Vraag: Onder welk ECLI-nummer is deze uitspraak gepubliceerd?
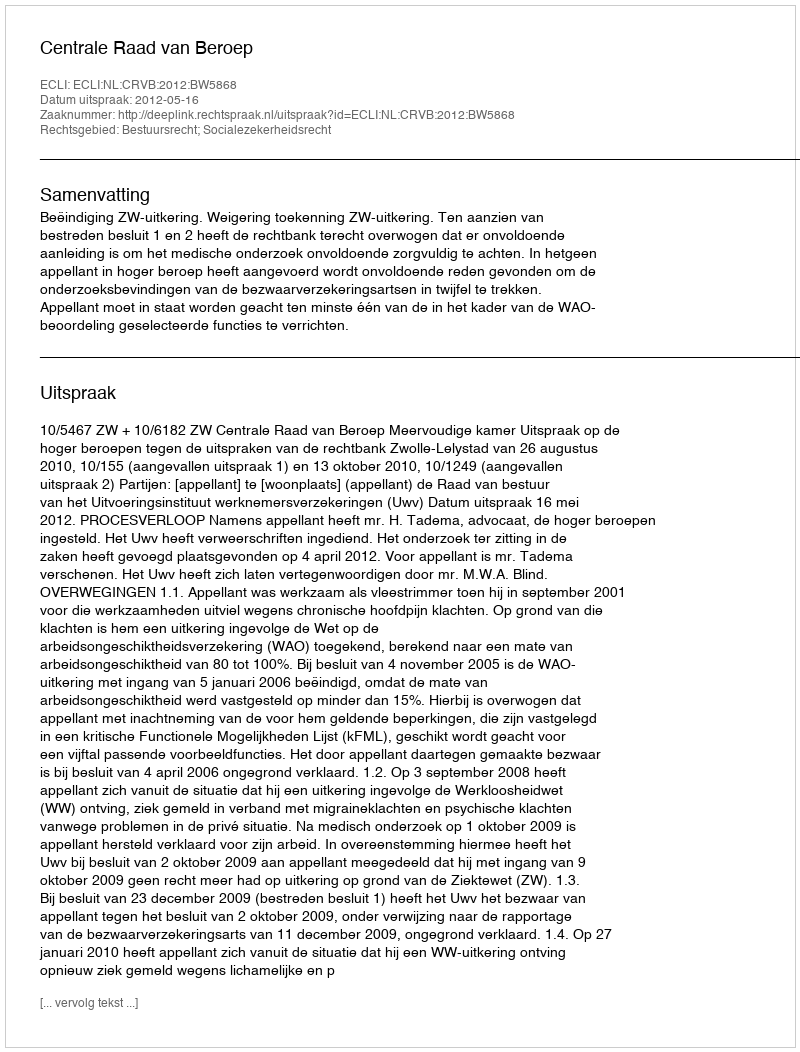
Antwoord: ECLI:NL:CRVB:2012:BW5868